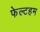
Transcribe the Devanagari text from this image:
फेल्टहम